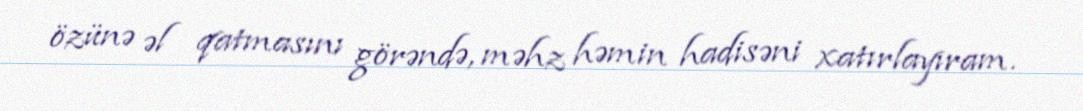
özünə əl qatmasını görəndə, məhz həmin hadisəni xatırlayıram.